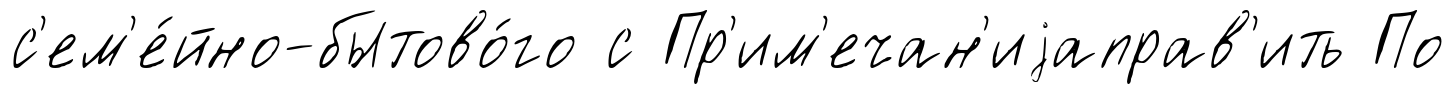
с'ем'е́йно-бытово́го с Пр'им'ечан'иjаправ'ить По